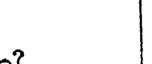
.